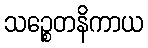
သဉ္စေတနိကာယ